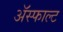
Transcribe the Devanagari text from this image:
ॲस्फाल्ट